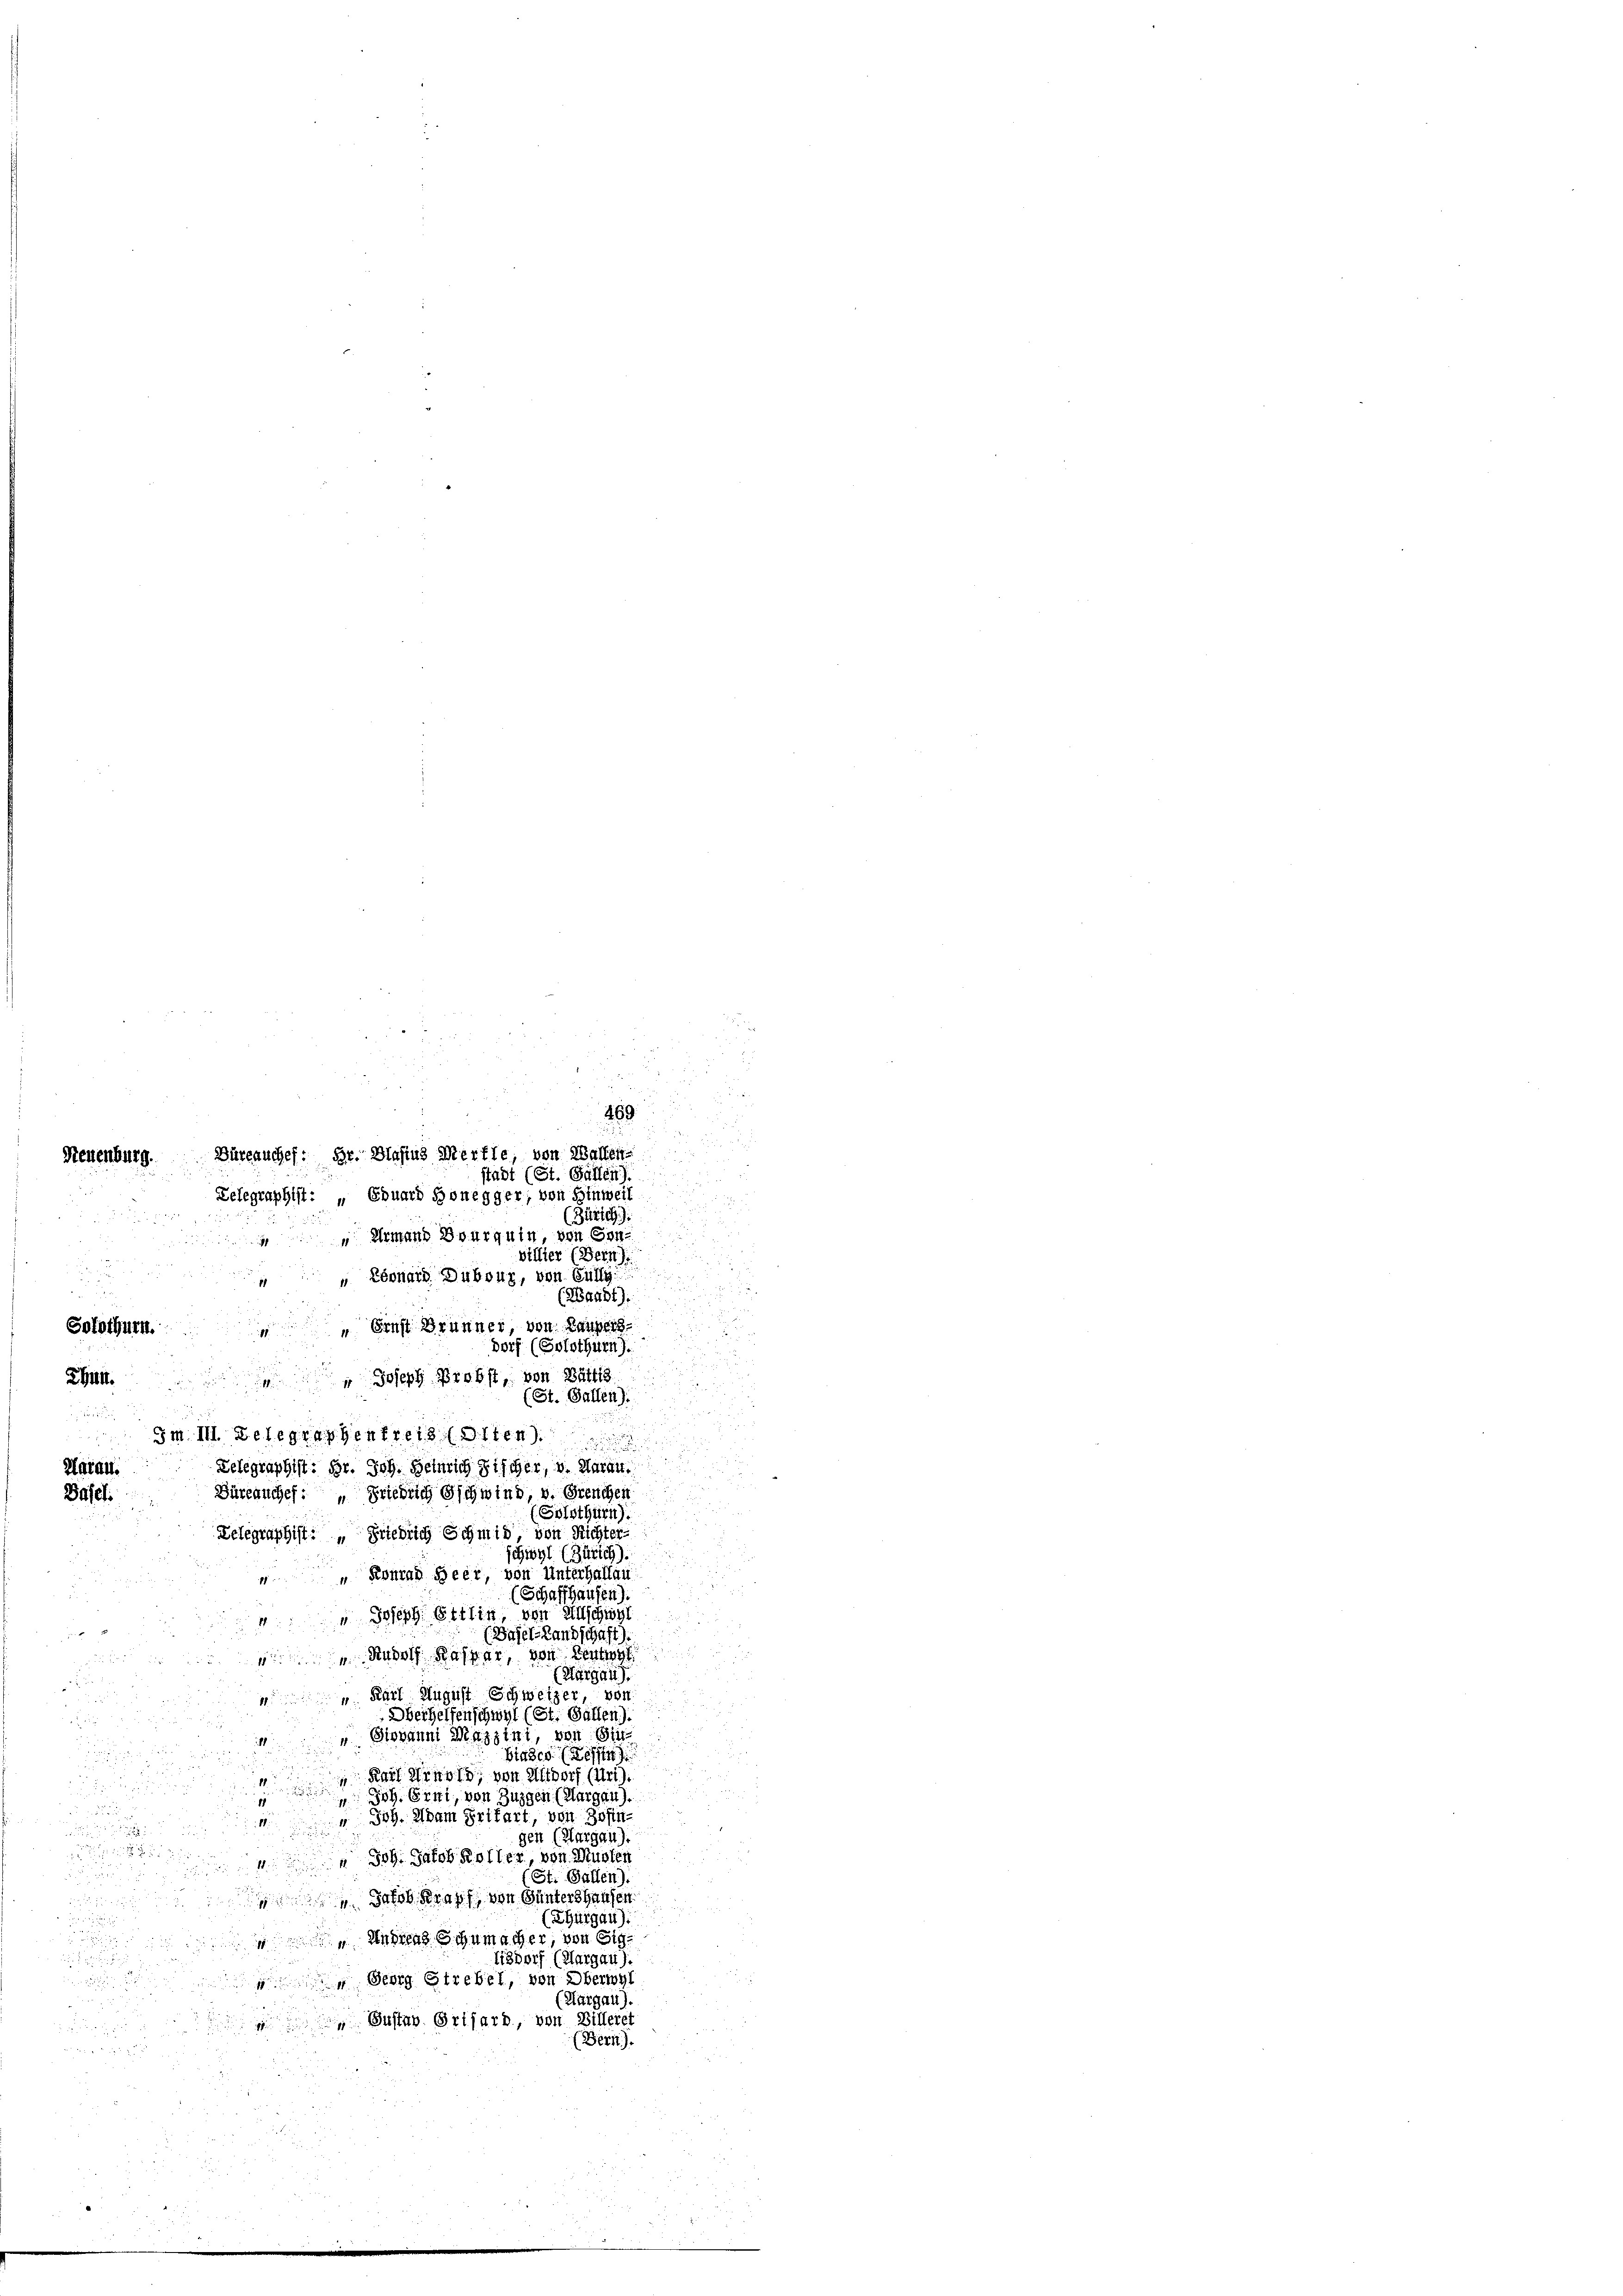
B
Hatau.
Basel.

469
Neuenburg. Büreauches: Hr. Blasius Merfte, von Walten
stadt (St. Gallen).
Telegraphist: „Ebuard Honegger, von Glie

(Zürich):
Armand Bourquin, von Gen
billier (Bern)
„ Ebonard. Dubour, von Güllg
(Waadt):
 Ernst Brunner, von Laupers
Solothurn.
dorf (Solothurn).
RHtit.
(St. Gallen).
(Solothurn).
Telegraphist: „Friedrich Schmid, von Richter-
schwyl (Zürich).
" Konrad Heer, von Unterhallau
(Schaffhausen).
" Joseph Ettin, von Allschwel
(Basel-Landschaft).
Rudolf Kaspar, von Zentrag
Kargau),
v. Karl August Schweizer, von
Oberhelfenschwyl (St. Gallen).
Giovanni Massini, von Gie¬
Biasca (Tessin
Karl Wind, von Altdorf (Uri).
 Joh. Erni, von Zuzgen (Margau).
 Joh. Adam Prifart, von Zofin-
1
gen (Margau).
" Joh. Jakob Rotter, von Musten
St. Gallen).
 Jacob Straff, von Guntershausen
(ZGurgau)
Andreas Schumacher, von Sig¬
Eisdorf (Aargau).
 Georg Strebel, von Oberwyl
(Aargau).
 Gustav Grisard, von Billeret
(Bern).

Joseph Probst, von Büttis
Im III. Delegraphenfreis Otten
Telegraphist: Hr. Joh. Heinrich Fischer, v. Aarau
Büreauches: " Friedrich Gschwind, v. Greuchen